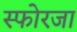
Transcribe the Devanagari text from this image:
स्फोरजा